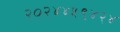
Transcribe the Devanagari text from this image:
२०२४४५९४२४